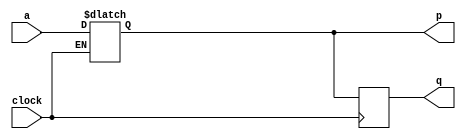
module top_module (
    input clock,
    input a,
    output reg p,
    output reg q );
    
    always @(*) begin
        p <= clock ? a : p;
    end
    
    always @(negedge clock) begin
        q <= p;
    end

endmodule